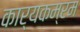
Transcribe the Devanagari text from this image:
कार्यकम्रम